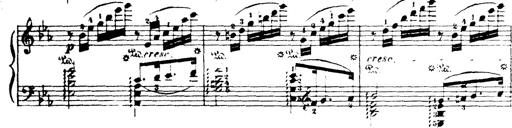
Title: Wagner-Liszt Album
Composer: Franz Liszt